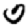
Digit: 0